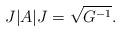
LaTeX: \begin{align*}J |A| J = \sqrt{G^{-1}}.\end{align*}